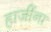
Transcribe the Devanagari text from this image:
हाजींना